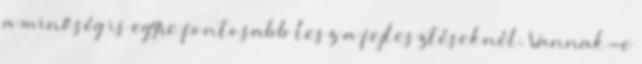
a minőség is egyre fontosabb lesz a fejlesztéseknél. Vannak-e